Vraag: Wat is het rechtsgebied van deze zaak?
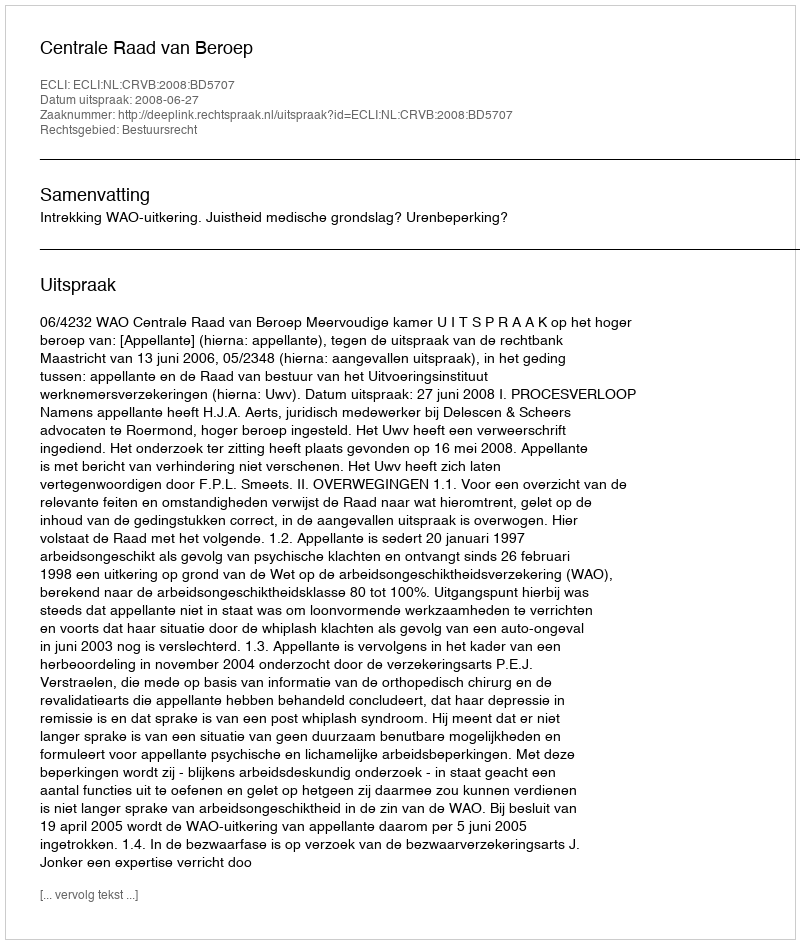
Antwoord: Bestuursrecht